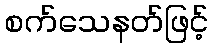
စက်သေနတ်ဖြင့်